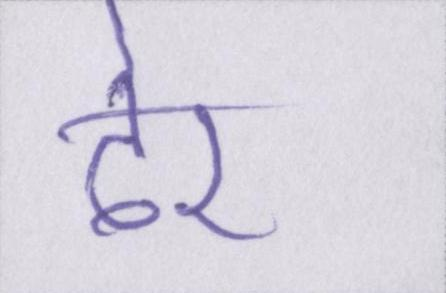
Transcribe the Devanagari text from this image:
ढेर